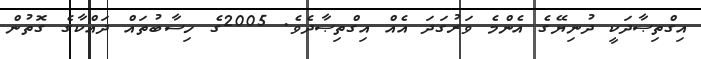
އިގްތިޞާދަކީ ދުނިޔޭގެ އެންމެ ވަރުގަދަ އެއް އިގްތިޞާދެވެ. 2005ގެ ހިސާބުތައް ދައްކާގެ ގޮތުން